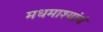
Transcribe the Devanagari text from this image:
मधमाश्यांचं